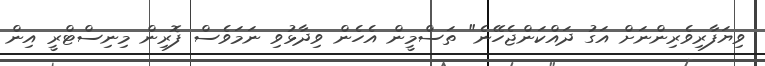
ވިޔަފާރިވެރިންނަށް އަގު ދައްކަންޖެހޭނެ" ތަސްމީން އެހެން ވިދާޅުވި ނަމަވެސް ފޮރިން މިނިސްޓްރީ އިން